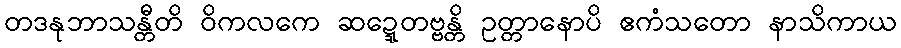
တဒနုဘာသန္တီတိ ဝိကလကေ ဆဍ္ဍေတဗ္ဗန္တိ ဥတ္တာနောပိ ဧကံသတော နာသိကာယ